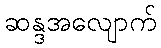
ဆန္ဒအလျောက်